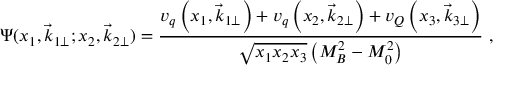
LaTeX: \Psi ( x _ { 1 } , \vec { k } _ { 1 \perp } ; x _ { 2 } , \vec { k } _ { 2 \perp } ) = \frac { v _ { q } \left( x _ { 1 } , \vec { k } _ { 1 \perp } \right) + v _ { q } \left( x _ { 2 } , \vec { k } _ { 2 \perp } \right) + v _ { Q } \left( x _ { 3 } , \vec { k } _ { 3 \perp } \right) } { \sqrt { x _ { 1 } x _ { 2 } x _ { 3 } } \left( M _ { B } ^ { 2 } - M _ { 0 } ^ { 2 } \right) } \ ,